Vaccination in Bombay 1902-1912 - 1902-1912
Year: 1902
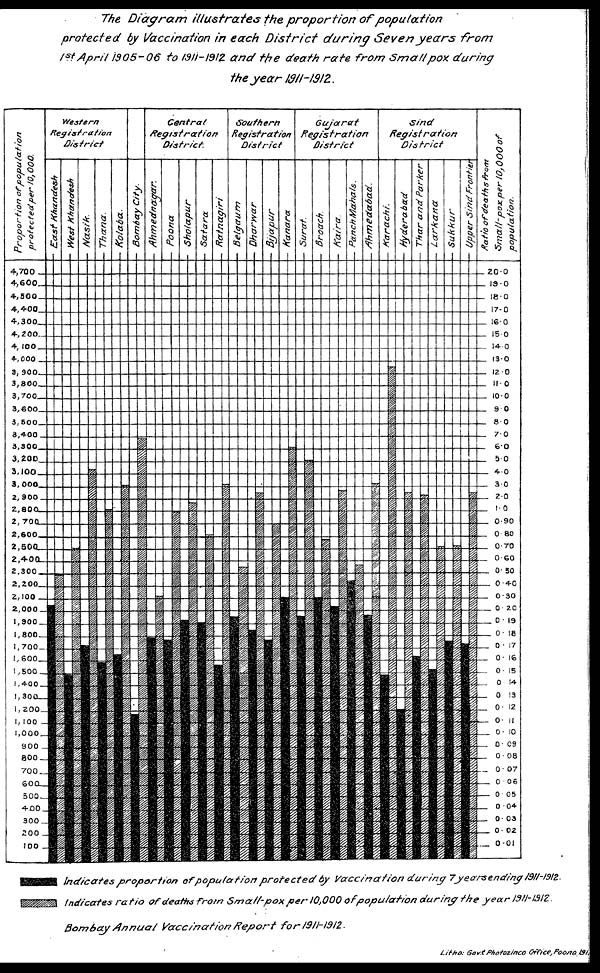
The Diagram
illustrates
the proportion
of
population
protected
by Vaccination in each District
during Seven years
from
1st April 1905-06 to 1911-1912 and the death rate from Small pox during
the year 1911-1912.